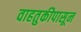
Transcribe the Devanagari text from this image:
वाहतुकीपासून